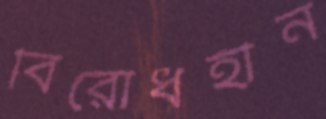
বিরোধহীন